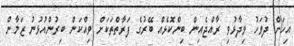
އިހަށް ދުވަހު ވިދާޅުވި ރާއްޖެއިން ބިންކޮޅެއް ބޭރުގެ ފަރާތްތަކަށް ވިއްކަން ބިރުންއުޅުނު ޒަމާން